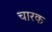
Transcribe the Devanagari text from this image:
चारक